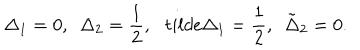
\Delta _ { 1 } = 0 , \ \ \Delta _ { 2 } = \frac { 1 } { 2 } , \ \ \, t i l d e \Delta _ { 1 } = \frac { 1 } { 2 } , \ \ \tilde { \Delta } _ { 2 } = 0 .